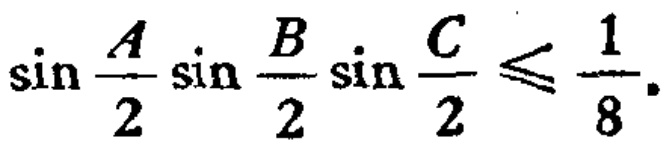
\(\sin \frac{A}{2}\sin \frac{B}{2}\sin \frac{C}{2} \leqslant \frac{1}{8}\)